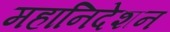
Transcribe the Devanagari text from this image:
महानिदेशन